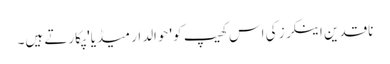
ناقدین اینکرز کی اس کھیپ کو 'حوالدار میڈیا' پکارتے ہیں۔